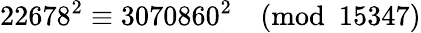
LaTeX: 22678^{2}\equiv 3070860^{2}{\pmod{15347}}